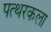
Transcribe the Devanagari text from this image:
पत्थरकला